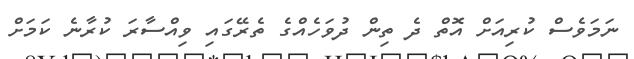
ނަމަވެސް ކުރިއަށް އޮތް ދެ ތިން ދުވަހެއްގެ ތެރޭގައި ވިއްސާރަ ކުރާނެ ކަމަށް